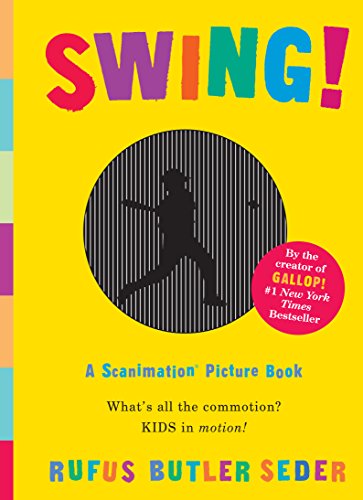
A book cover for Swing!: A Scanimation Picture Book; Rufus Butler Seder; Children's Books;